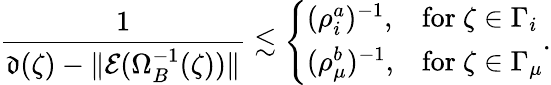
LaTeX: \frac{1}{\mathfrak{d}(\zeta)-\| \mathcal{E}(\Omega_{B}^{-1}(\zeta))\| }\lesssim\left\{ \begin{array}{ll}{(\rho_{i}^{a})^{-1},}&{\mathrm{for}\ \zeta\in\Gamma_{i}}\\ {(\rho_{\mu}^{b})^{-1},}&{\mathrm{for}\ \zeta\in\Gamma_{\mu}}\end{array}\right..